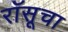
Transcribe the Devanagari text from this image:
रॉसूचा